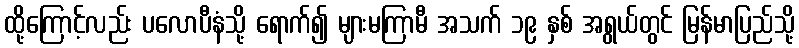
ထို့ကြောင့်လည်း ပလောပီနံသို့ ရောက်၍ များမကြာမီ အသက် ၁၉ နှစ် အရွယ်တွင် မြန်မာပြည်သို့